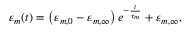
\begin{array} { r } { \varepsilon _ { m } ( t ) = \left( \varepsilon _ { m , 0 } - \varepsilon _ { m , \infty } \right) e ^ { - \frac { t } { \tau _ { m } } } + \varepsilon _ { m , \infty } , } \end{array}